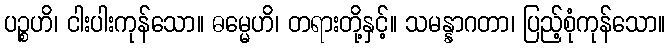
ပဉ္စဟိ၊ ငါးပါးကုန်သော။ ဓမ္မေဟိ၊ တရားတို့နှင့်။ သမန္နာဂတာ၊ ပြည့်စုံကုန်သော။